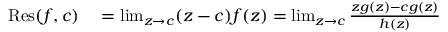
\begin{array} { r l } { \operatorname { R e s } ( f , c ) } & { { } = \operatorname* { l i m } _ { z \to c } ( z - c ) f ( z ) = \operatorname* { l i m } _ { z \to c } { \frac { z g ( z ) - c g ( z ) } { h ( z ) } } } \end{array}